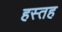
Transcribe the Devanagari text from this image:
हस्तह